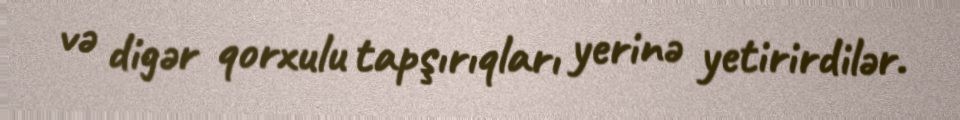
və digər qorxulu tapşırıqları yerinə yetirirdilər.